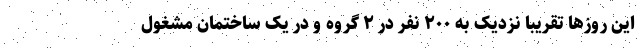
این روزها تقریبا نزدیک به ۲۰۰ نفر در ۲ گروه و در یک ساختمان مشغول